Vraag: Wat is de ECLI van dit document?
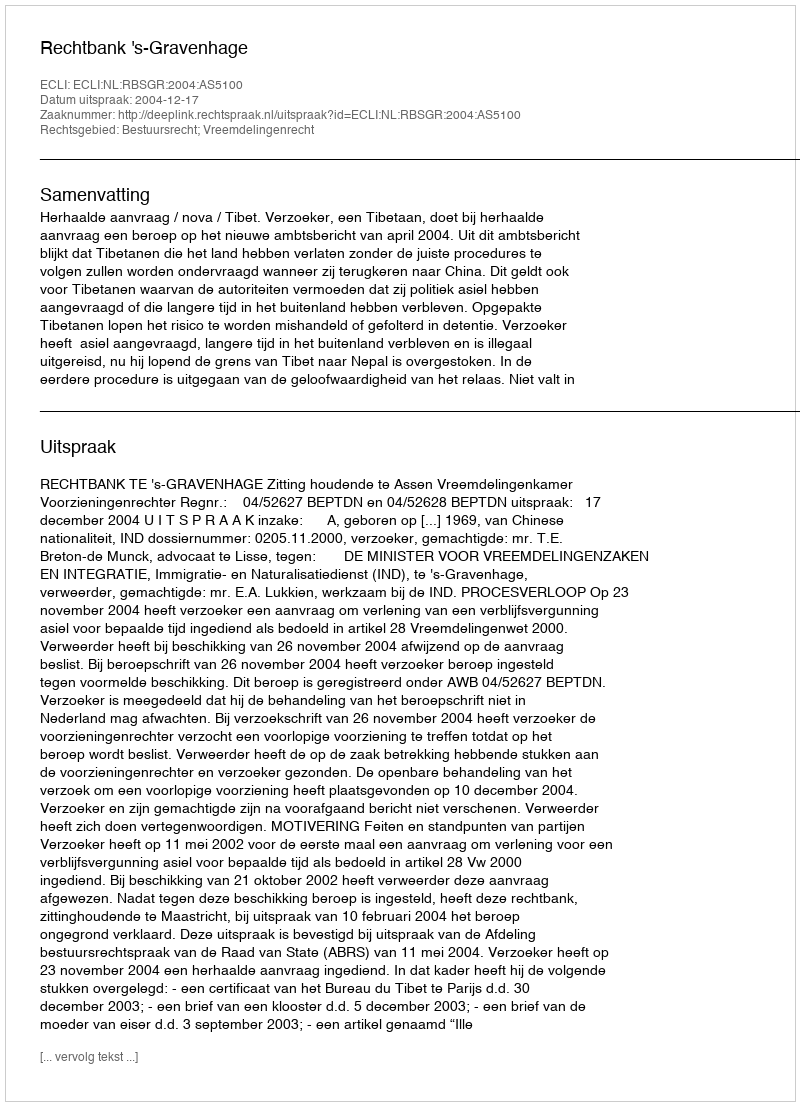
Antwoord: ECLI:NL:RBSGR:2004:AS5100